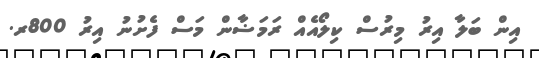
އިން ބަލާ އިރު މިރުސް ކިލޯއެއް ރަމަޟާން މަސް ފެށުނު އިރު 800ރ.